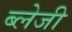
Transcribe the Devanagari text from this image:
ब्लेजी